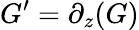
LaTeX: G^{\prime}=\partial_{z}(G)